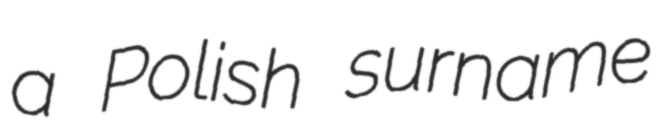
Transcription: a Polish surname